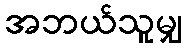
အဘယ်သူမျှ